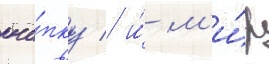
кно́пку / и́ м'и́р